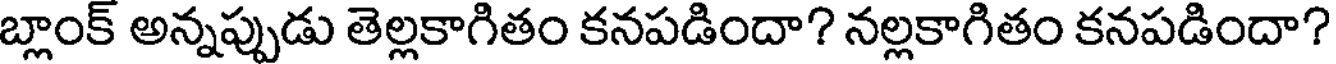
బ్లాంక్ అన్నప్పుడు తెల్లకాగితం కనపడిందా? నల్లకాగితం కనపడిందా?